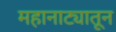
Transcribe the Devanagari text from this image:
महानाट्यातून